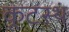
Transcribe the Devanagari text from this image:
कूटस्थं